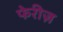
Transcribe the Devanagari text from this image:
फेरीज़